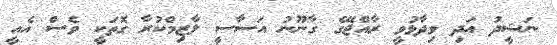
ނަޝީދު އަދި ވިދާޅުވީ ރާއްޖޭގެ ގާނޫނު އަސާސީ ލާޒިމްކުރާ ގޮތަކީ ވެސް އެއީ